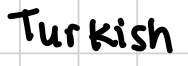
Text: Turkish
Cross-out: clean
Writing tool: digital_black